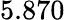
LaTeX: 5.870